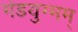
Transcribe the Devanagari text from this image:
गंडयुग्मम्